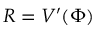
R = V ^ { \prime } ( \Phi )